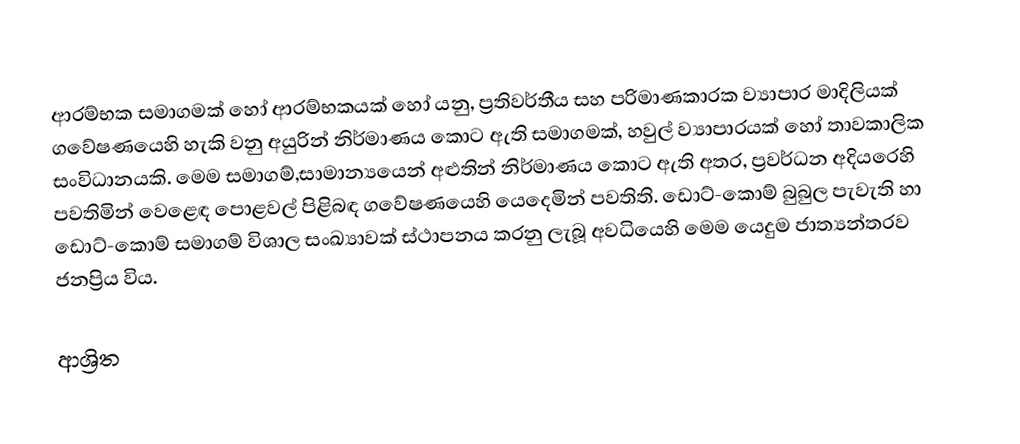
ආරම්භක සමාගමක් හෝ  ආරම්භකයක්  හෝ යනු, ප්‍රතිවර්තීය සහ පරිමාණකාරක  ව්‍යාපාර මාදිලියක් ගවේෂණයෙහි හැකි වනු අයුරින් නිර්මාණය කොට ඇති  සමාගමක්, හවුල් ව්‍යාපාරයක් හෝ තාවකාලික සංවිධානයකි.  මෙම සමාගම්,සාමාන්‍යයෙන් අළුතින් නිර්මාණය කොට ඇති අතර, ප්‍රවර්ධන අදියරෙහි පවතිමින් වෙළෙඳ පොළවල් පිළිබඳ ගවේෂණයෙහි යෙදෙමින් පවතිති. ඩොට්-කොම් බුබුල පැවැති හා ඩොට්-කොම් සමාගම් විශාල සංඛ්‍යාවක් ස්ථාපනය කරනු ලැබූ අවධියෙහි මෙම යෙදුම ජාත්‍යන්තරව ජනප්‍රිය විය.

ආශ්‍රිත